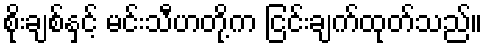
စိုးချစ်နှင့် မင်းသီဟတို့က ငြင်းချက်ထုတ်သည်။